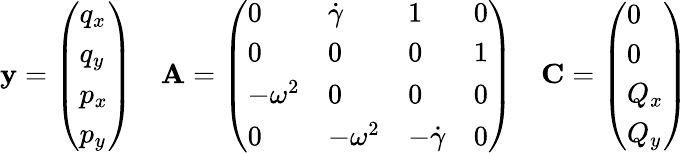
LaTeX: \mathbf{{y}}=\left(\begin{array}{l}{q_{x}}\\ {q_{y}}\\ {p_{x}}\\ {p_{y}}\end{array}\right)\quad\mathbf{{A}}=\left(\begin{array}{llll}{0}&{\dot{\gamma}}&{1}&{0}\\ {0}&{0}&{0}&{1}\\ {-\omega^{2}}&{0}&{0}&{0}\\ {0}&{-\omega^{2}}&{-\dot{\gamma}}&{0}\end{array}\right)\quad\mathbf{{C}}=\left(\begin{array}{l}{0}\\ {0}\\ {Q_{x}}\\ {Q_{y}}\end{array}\right)